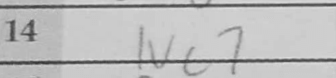
Transcription: Nb5